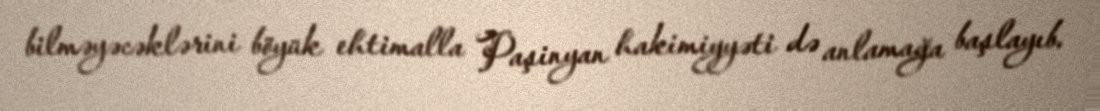
bilməyəcəklərini böyük ehtimalla Paşinyan hakimiyyəti də anlamağa başlayıb.